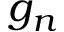
g _ { n }